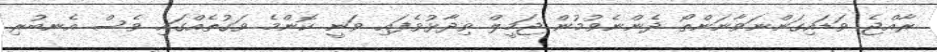
ރާއްޖެ ވަޑައިގަންނަވާނަންތޯ ދެންނެވުމުން ޖަމީލް ވިދާޅުވެފައި ވަނީ ކޮންމެ ވަގުތެއްގައި ވެސް އެނބުރި